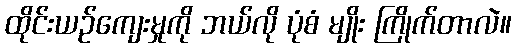
ထိုင်းယဉ်ကျေးမှုကို ဘယ်လို ပုံစံ မျိုး ကြိုက်တာလဲ။